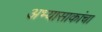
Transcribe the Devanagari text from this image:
अभ्यासाकांचा